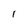
Character: 1